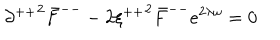
{ \partial ^ { + + } } ^ { 2 } { \bar { F } } ^ { -- } - 2 { \xi ^ { + + } } ^ { 2 } { \bar { F } } ^ { -- } e ^ { 2 \lambda \omega } = 0 \,